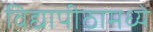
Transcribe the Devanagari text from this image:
विद्यापीठामध्‍ये